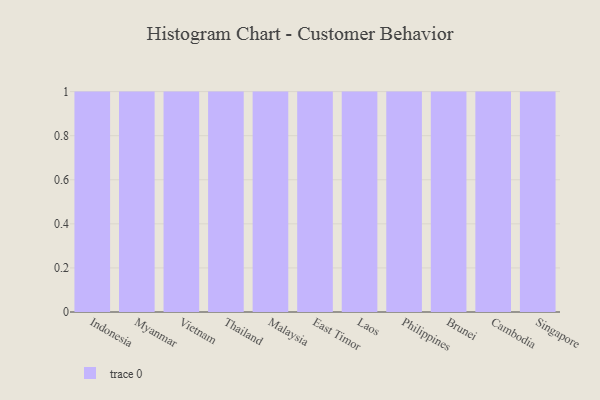
{"axis": {"x": "Country", "y": "Conversion Rate (%)"}, "legend": [""], "data": [{"x": "Indonesia", "y": 61, "type": ""}, {"x": "Myanmar", "y": 23, "type": ""}, {"x": "Vietnam", "y": 61, "type": ""}, {"x": "Thailand", "y": 88, "type": ""}, {"x": "Malaysia", "y": 91, "type": ""}, {"x": "East Timor", "y": 84, "type": ""}, {"x": "Laos", "y": 35, "type": ""}, {"x": "Philippines", "y": 19, "type": ""}, {"x": "Brunei", "y": 14, "type": ""}, {"x": "Cambodia", "y": 37, "type": ""}, {"x": "Singapore", "y": 52, "type": ""}]}